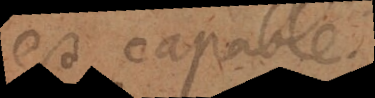
est capable.